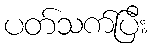
ပတ်သက်ပြီး